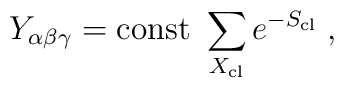
Y_{\alpha \beta \gamma}= {\rm const}~ \sum_{X_{\rm cl}} e^{-S_{\rm cl}} \;,